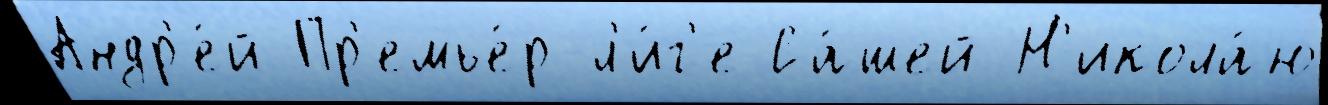
Андр'е́й Пр'емье́р-л'и́г'е Са́шей Н'икола́ю